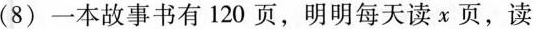
(8)一本故事书有120页，明明每天读x页，读